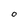
Character: o